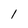
Character: l